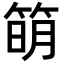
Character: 𥯋